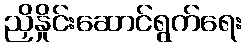
ညှိနှိုင်းဆောင်ရွက်ရေး